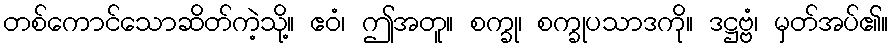
တစ်ကောင်သောဆိတ်ကဲ့သို့။ ဧဝံ၊ ဤအတူ။ စက္ခု၊ စက္ခုပသာဒကို။ ဒဋ္ဌဗ္ဗံ၊ မှတ်အပ်၏။